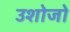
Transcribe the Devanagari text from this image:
उशोजो